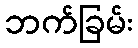
ဘက်ခြမ်း